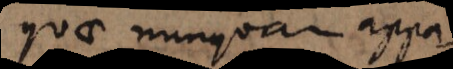
quae nunquam appa